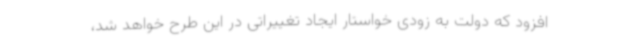
افزود که دولت به زودی خواستار ایجاد تغییراتی در این طرح خواهد شد،